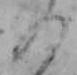
の